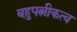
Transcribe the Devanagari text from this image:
बहुपत्नीकत्व